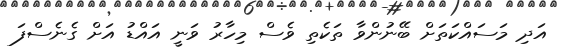
އަދި މަސައްކަތަށް ބޭނުންވާ ތަކެތި ވެސް މިހާރު ވަނީ އައްޑު އަށް ގެނެސްފަ